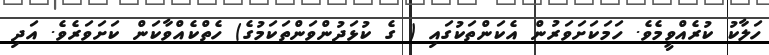
ހަލާކު ކުރެއްވީމެވެ. ހަމަކަށަވަރުން އެކަންތަކުގައި ( ގެ ކުޅަދުންވަންތަކަމުގެ) ހެތްކެއްވާކަން ކަށަވަރެވެ. އަދި